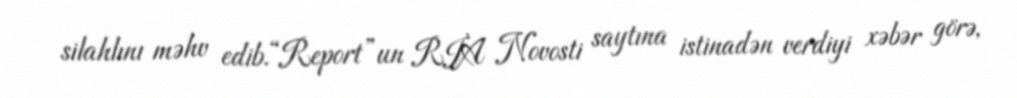
silahlını məhv edib.“Report”un RİA Novosti saytına istinadən verdiyi xəbər görə,